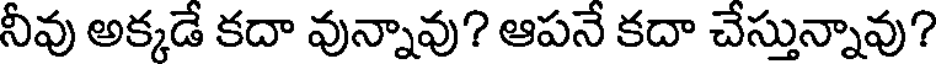
నీవు అక్కడే కదా వున్నావు? ఆపనే కదా చేస్తున్నావు?